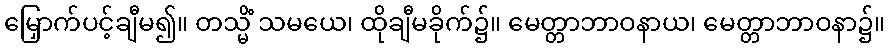
မြှောက်ပင့်ချီမ၍။ တသ္မိံ သမယေ၊ ထိုချီမခိုက်၌။ မေတ္တာဘာဝနာယ၊ မေတ္တာဘာဝနာ၌။